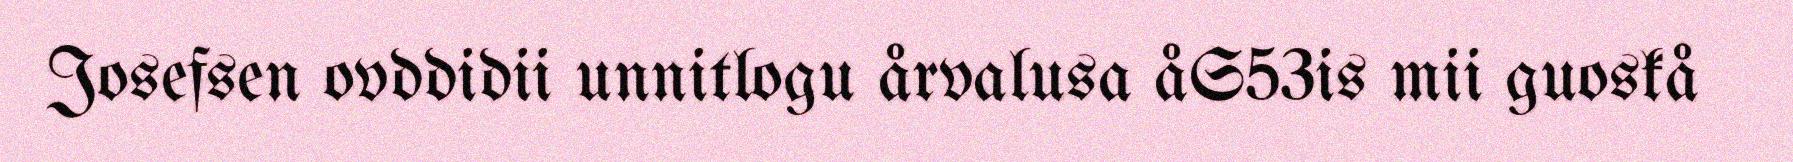
Josefsen ovddidii unnitlogu årvalusa åS53is mii guoskå